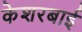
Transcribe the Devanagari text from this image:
केशरबाई